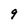
Character: 9